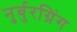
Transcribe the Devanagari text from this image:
नुर्बुरग्रिंग